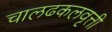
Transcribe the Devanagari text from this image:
चालढकलवृत्ती